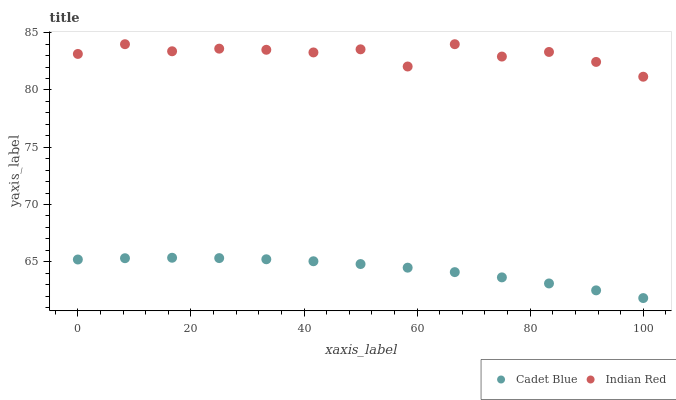
| xaxis_label | Cadet Blue | Indian Red |
 | --- | --- | --- |
 | 0 | 65.2 | 83.1 |
 | 8.33 | 65.3 | 84 |
 | 16.7 | 65.3 | 83.4 |
 | 25 | 65.3 | 83.6 |
 | 33.3 | 65.2 | 83.5 |
 | 41.7 | 65 | 83.3 |
 | 50 | 64.8 | 83.6 |
 | 58.3 | 64.5 | 82.1 |
 | 66.7 | 64.1 | 84 |
 | 75 | 63.6 | 82.9 |
 | 83.3 | 63.1 | 83.3 |
 | 91.7 | 62.5 | 82.5 |
 | 100 | 61.8 | 81.2 |